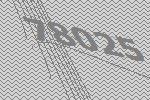
78025